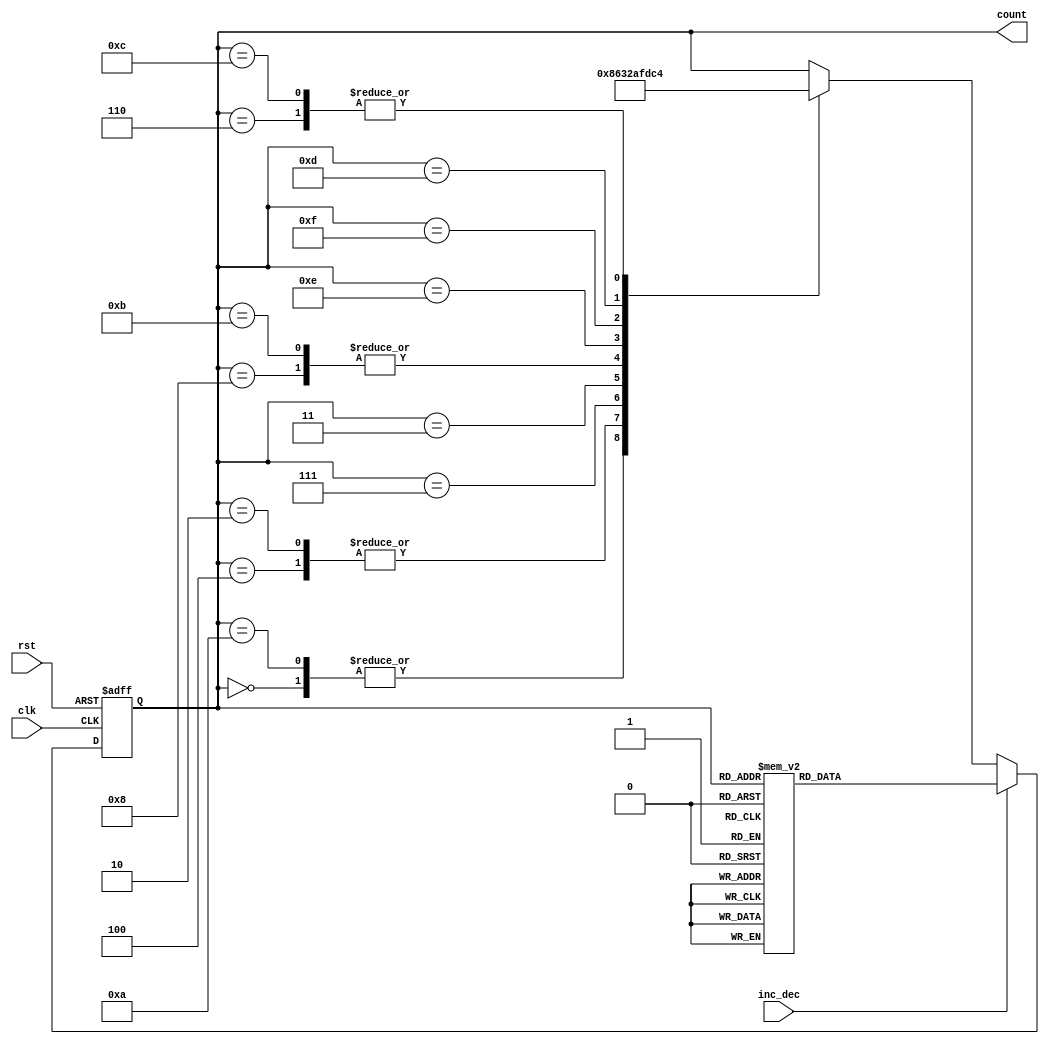
module gray_binary_counter (
    input wire clk,       // clock signal
    input wire rst,       // reset signal
    input wire inc_dec,   // increment/decrement signal
    output reg [3:0] count // current count value in Gray code
);

// flip-flops to store the current count value
reg [3:0] current_count;

// logic gates to generate the next count value based on the current state
always @(posedge clk or posedge rst) begin
    if (rst) begin
        current_count <= 4'b0000; // reset the count value
    end
    else begin
        if (inc_dec) begin // increment the count value
            case(current_count)
                4'b0000: current_count <= 4'b0001;
                4'b0001: current_count <= 4'b0011;
                4'b0011: current_count <= 4'b0010;
                4'b0010: current_count <= 4'b0110;
                4'b0110: current_count <= 4'b0111;
                4'b0111: current_count <= 4'b0101;
                4'b0101: current_count <= 4'b0100;
                4'b0100: current_count <= 4'b1100;
                4'b1100: current_count <= 4'b1101;
                4'b1101: current_count <= 4'b1111;
                4'b1111: current_count <= 4'b1110;
                4'b1110: current_count <= 4'b1010;
                4'b1010: current_count <= 4'b1011;
                4'b1011: current_count <= 4'b1001;
                4'b1001: current_count <= 4'b1000;
                4'b1000: current_count <= 4'b0000;
            endcase
        end
        else begin // decrement the count value
            case(current_count)
                4'b0000: current_count <= 4'b1000;
                4'b1000: current_count <= 4'b1010;
                4'b1010: current_count <= 4'b1000;
                4'b0100: current_count <= 4'b0110;
                4'b0110: current_count <= 4'b0100;
                4'b0010: current_count <= 4'b0110;
                4'b0110:current_count <= 4'b0111;
                4'b0111:current_count <= 4'b0011;
                4'b0011:current_count<= 4'b0010;
                4'b1011:current_count<= 4'b1010;
                4'b1010:current_count<= 4'b1110;
                4'b1110:current_count <= 4'b1111;
                4'b1111:current_count <= 4'b1101;
                4'b1101: current_count <= 4'b1100;
                4'b1100: current_count <= 4'b0100;
            endcase
        end
    end
end

// output represents the current count value in Gray code
assign count = current_count;

endmodule